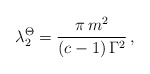
\begin{align*}\lambda_2^\Theta = \frac{\pi \,m^2}{(c-1) \, \Gamma^2} \, ,\end{align*}